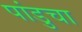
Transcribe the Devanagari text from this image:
पांडुचा